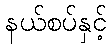
နယ်စပ်နှင့်